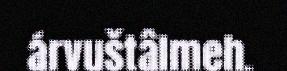
árvuštâlmeh.